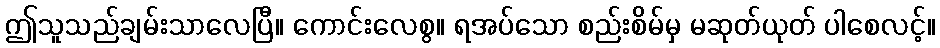
ဤသူသည်ချမ်းသာလေပြီ။ ကောင်းလေစွ။ ရအပ်သော စည်းစိမ်မှ မဆုတ်ယုတ် ပါစေလင့်။